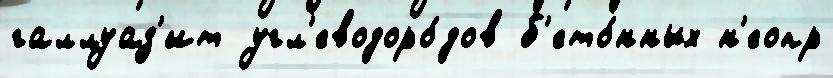
галлуаз'ит угл'еводоро́дов б'ето́нных н'еопр